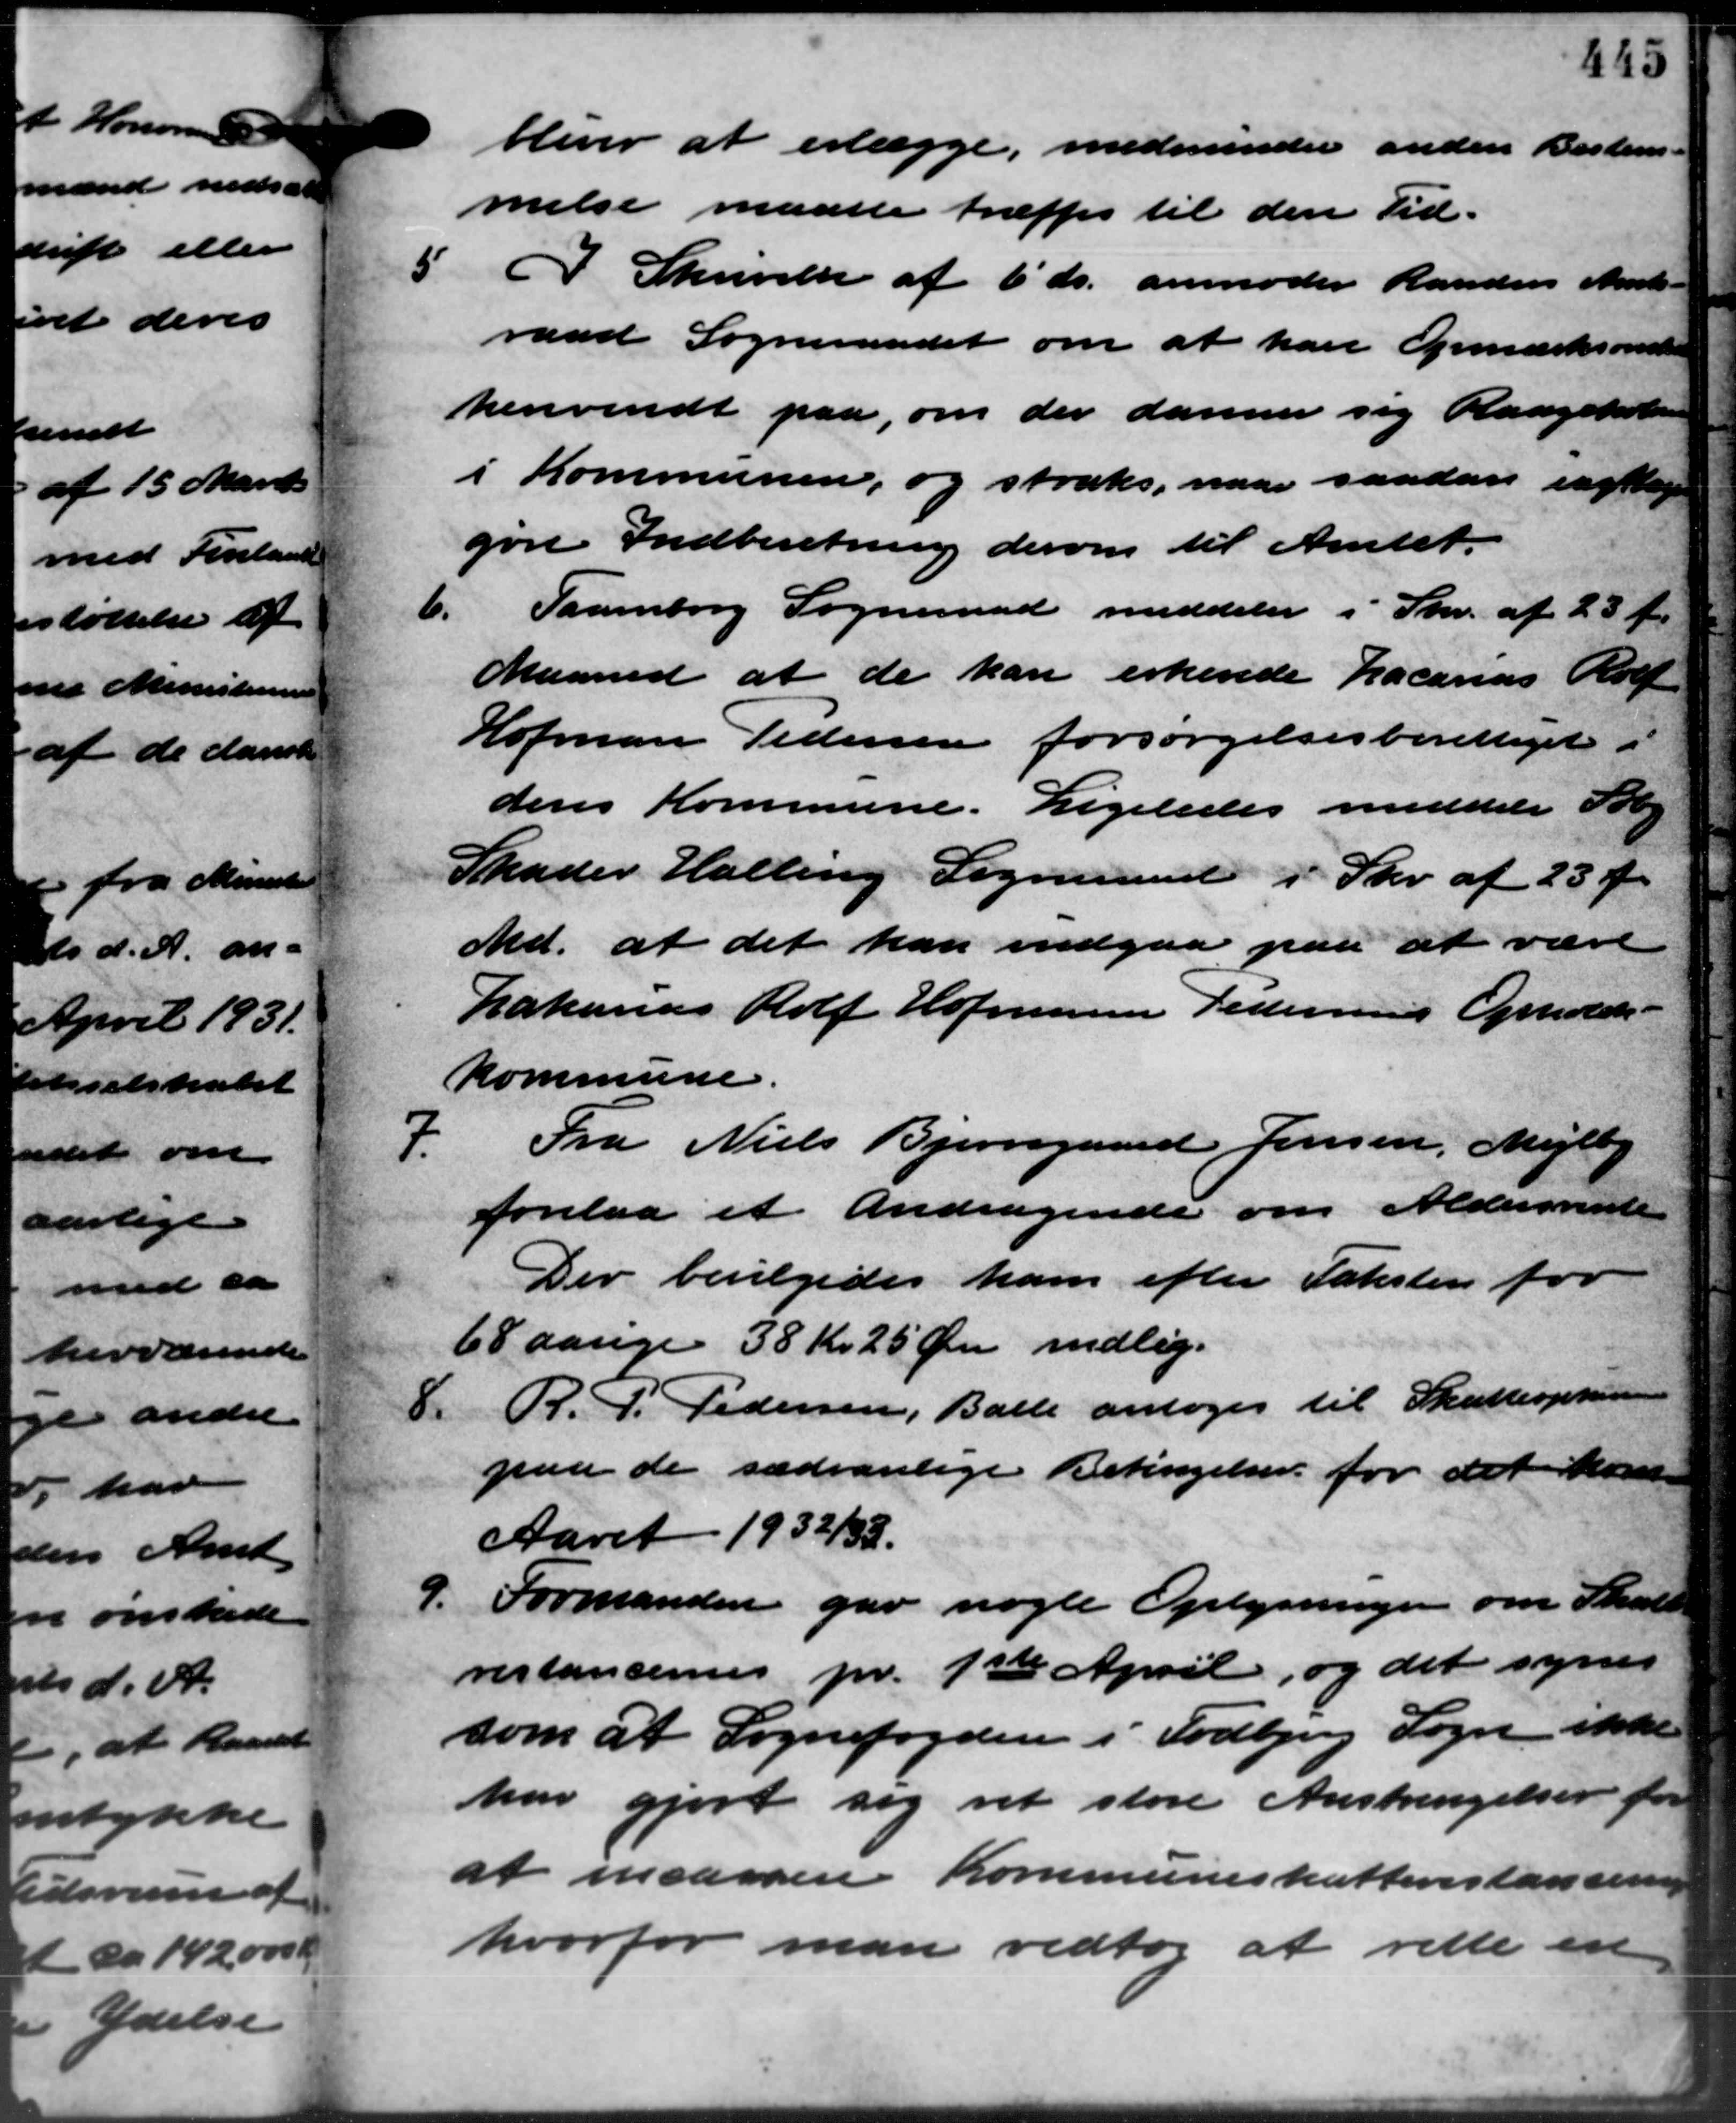
Transskription:
bliver at erlægge, medminder anden Bestem-
melse maatte træffes til den Tid.
5 I Skrivelse af 6´ds. anmoder Randers Amts –
5 I Skrivelse af 6´ds. anmoder Randers Amts –
raad Sogneraadet om at have Opmærksomsten
henvendt paa, om der danner sig Raagekol
i Kommunen, og straks, naar saadan iagttage
gøre Indberetning derom til Amtet.
6.
Taarnborg Sogneraad meddeler i Skr. af 23 fv
Maaned at de kan erkende Lacarius Rolf
Hofman Pedersen forsørgelsesberettiget i
dens Kommune. Ligeledes meddele Følg
Skader Halling Sogneraad i Skr. af 23 Øre
Md. at det kan indgaa paa at være
Lahanas Rolf Hofmann Pedersens Opholds –
Kommune.
7.
Fra Niels Bjerregaard Jensen, Mejlby
forelaa et Andragende om Aldersrente
Der bevilgedes ham efter Taksten for
68 aarige 38 Kr. 25 Øre indlig.
8. R. P. Pedersen, Balle antoges til Skatteopkræver
8. R. P. Pedersen, Balle antoges til Skatteopkræver
paa de sædvanlige Betingelser for det kom
Aaret 1932/33.
9.
Formanden gav nogle Oplysninger om Skatte
restancernes pr. 1ste April, og det synes
som at Sognefogden i Todbjerg Sogn ikke
har gjort sig ret store Anskringelser for
at incarere Kommuneskatterestancen
hvorfor man vedtog at rette en